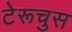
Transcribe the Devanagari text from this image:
टेरूचुस